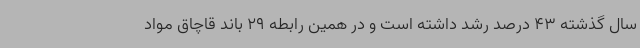
سال گذشته 43 درصد رشد داشته است و در همین رابطه 29 باند قاچاق مواد